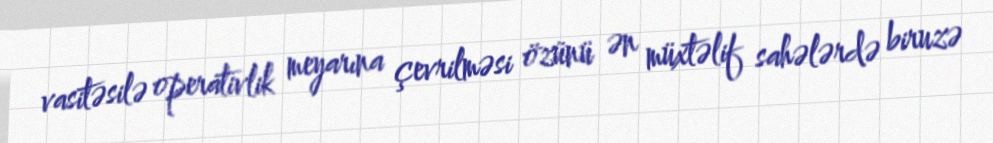
vasitəsilə operativlik meyarına çevrilməsi özünü ən müxtəlif sahələrdə biruzə